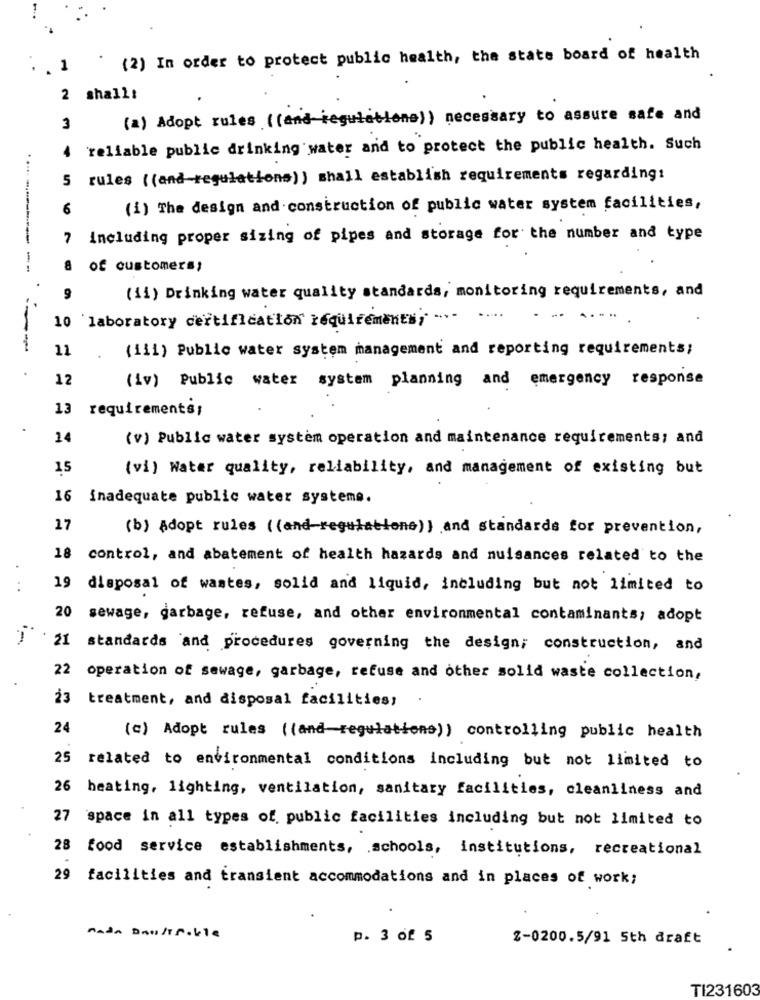
(2) In order to protect public health, the state board of health
1
2 shall:
(a) Adopt rules ((and regulations) ) necessary to assure safe and
3
4 reliable public drinking water and to protect the public health. Such
5 rules ((and regulations) ) shall establish requirements regarding:
6
(i) The design and construction of public water system facilities,
7
including proper sizing of pipes and storage for the number and type
.... -------- --
8
of customers;
9
(ii) Drinking water quality standards, monitoring requirements, and
10 laboratory certification requirements; ... ....
11
(111) Public water system management and reporting requirements;
.
.
12
(iv) Public water system planning and emergency response
13 requirements;
14
(v) Public water system operation and maintenance requirements; and
15
(vi) Water quality, reliability, and management of existing but
16 inadequate public water systems.
17
(b) Adopt rules ((and-regulations)) and standards for prevention,
18 control, and abatement of health hazards and nuisances related to the
...
19 disposal of wastes, solid and liquid, including but not limited to
20 sewage, garbage, refuse, and other environmental contaminants; adopt
1-
21 standards and procedures governing the design; construction, and
22 operation of sewage, garbage, refuse and other solid waste collection,
23 treatment, and disposal facilities;
24
(c) Adopt rules ((and regulations)) controlling public health
25
related to environmental conditions including but not limited to
26 heating, lighting, ventilation, sanitary facilities, cleanliness and
space in all types of public facilities including but not limited to
28 food service establishments, schools, institutions, recreational
29 facilities and transient accommodations and in places of work;
nada Daslisoble
p. 3 of 5
2-0200.5/91 5th draft
TI231603